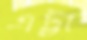
এট্টা